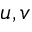
u , v